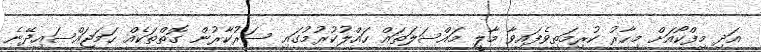
އަދި މިފްކޯއަށް މިހާރު ކުރިމަތިވެފައިވާ މާލީ މައްސަލަތައް ހައްލުކުރުމުގައި ސަރުކާރުން ގޮތްތަކެއް ހަމަޖައްސައިދޭނެ